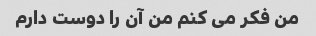
من فکر می کنم من آن را دوست دارم